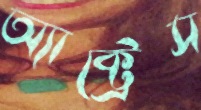
অ্যাক্ট্রেস